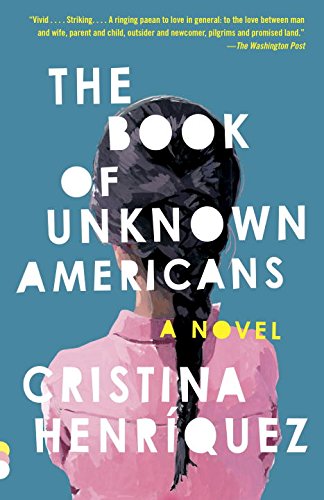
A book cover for The Book of Unknown Americans; Cristina HenrÃ­quez; Literature & Fiction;